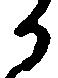
か